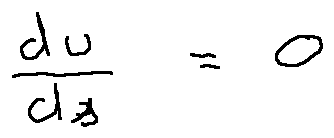
\frac { d u } { d s } = 0